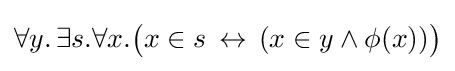
\forall y.\,\exists s.\forall x.{\big (}x\in s\,\leftrightarrow \,(x\in y\land \phi (x)){\big )}